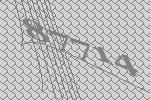
87714